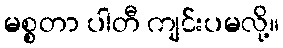
မစ္စတာ ပါတီ ကျင်းပမလို့။